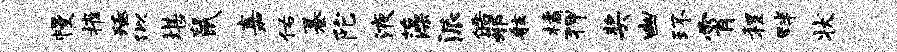
幔摧殛似堪鼠嘉佑纂陀液藻派皓邪舷橘狎奖幽环霄程畔状